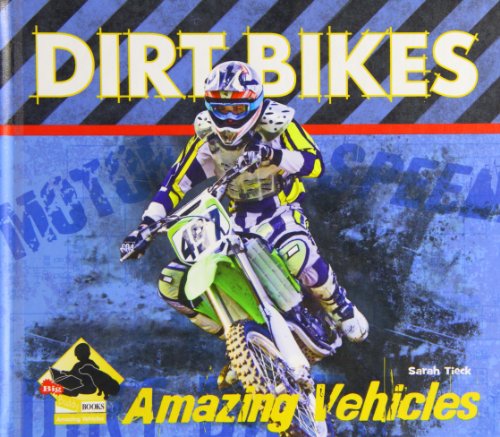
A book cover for Dirt Bikes (Amazing Vehicles); Sarah Tieck; Children's Books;